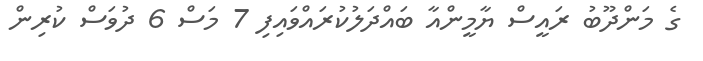
ގެ މަންދޫބު ރައީސް ޔާމީންއާ ބައްދަލުކުރައްވައިފި 7 މަސް 6 ދުވަސް ކުރިން